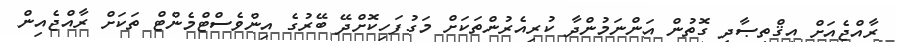
ރާއްޖެއަށް އިޤްތިޞާދީ ގޮތުން އަންނަމުންދާ ކުރިއެރުންތަކަށް މަގުފަހިކޮށްދޭ ބޭރުގެ އިންވެސްޓްމެންޓް ތަކަށް ރާއްޖެއިން